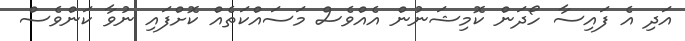
އަދި އެ ފައިސާ ހޯދަން ކޮމިޝަނުން އެއްވެސް މަސައްކަތެއް ކޮށްފައި ނުވާ ކަންވެސް